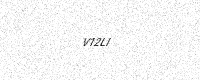
Text: V12LI